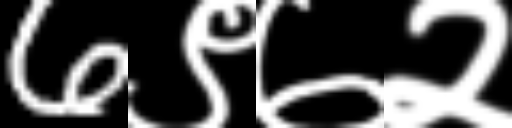
Text: 6९७२